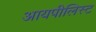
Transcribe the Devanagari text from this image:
आयपीलिस्ट